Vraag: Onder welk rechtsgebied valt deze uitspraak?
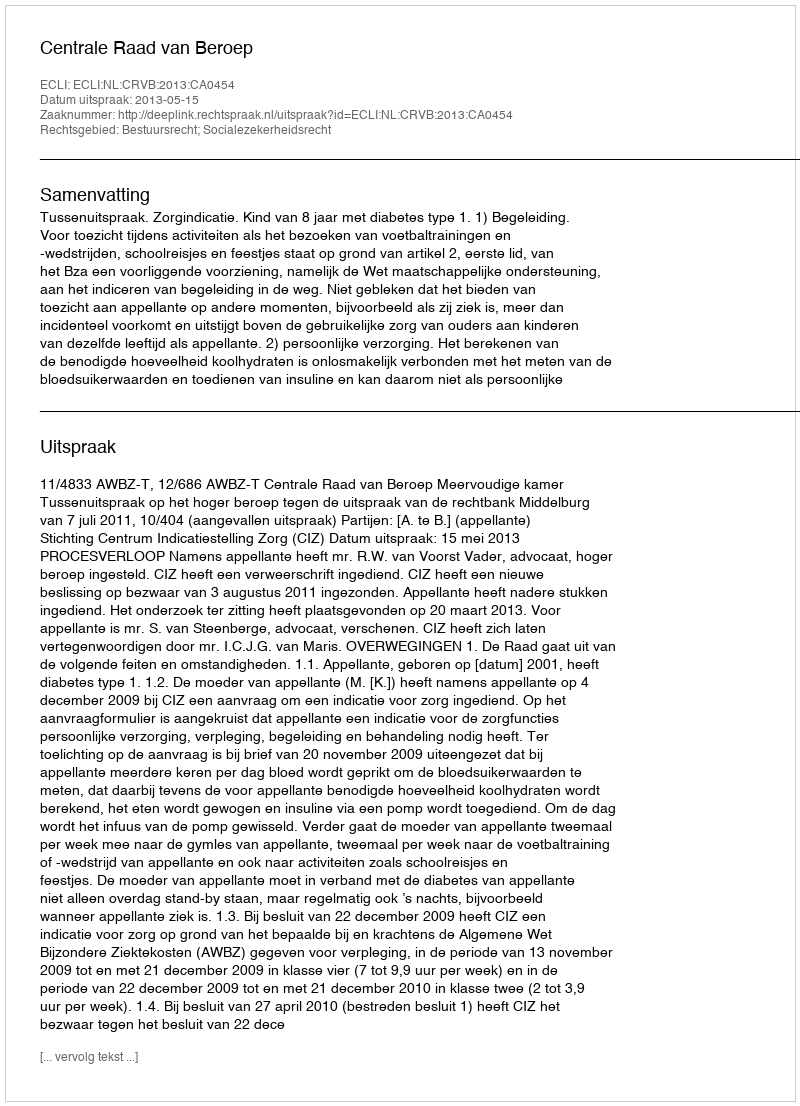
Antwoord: Bestuursrecht; Socialezekerheidsrecht